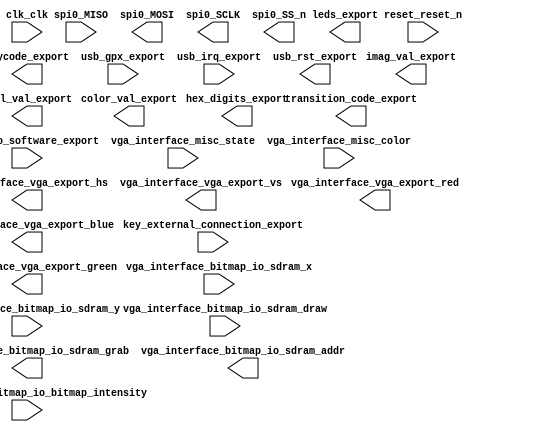

module jsv (
	clk_clk,
	color_val_export,
	hex_digits_export,
	imag_val_export,
	key_external_connection_export,
	keycode_export,
	leds_export,
	real_val_export,
	reset_reset_n,
	spi0_MISO,
	spi0_MOSI,
	spi0_SCLK,
	spi0_SS_n,
	state_to_software_export,
	transition_code_export,
	usb_gpx_export,
	usb_irq_export,
	usb_rst_export,
	vga_interface_bitmap_io_sdram_draw,
	vga_interface_bitmap_io_bitmap_intensity,
	vga_interface_bitmap_io_sdram_grab,
	vga_interface_bitmap_io_sdram_addr,
	vga_interface_bitmap_io_sdram_x,
	vga_interface_bitmap_io_sdram_y,
	vga_interface_misc_state,
	vga_interface_misc_color,
	vga_interface_vga_export_hs,
	vga_interface_vga_export_vs,
	vga_interface_vga_export_red,
	vga_interface_vga_export_green,
	vga_interface_vga_export_blue);	

	input		clk_clk;
	output	[2:0]	color_val_export;
	output	[15:0]	hex_digits_export;
	output	[31:0]	imag_val_export;
	input	[1:0]	key_external_connection_export;
	output	[7:0]	keycode_export;
	output	[13:0]	leds_export;
	output	[31:0]	real_val_export;
	input		reset_reset_n;
	input		spi0_MISO;
	output		spi0_MOSI;
	output		spi0_SCLK;
	output		spi0_SS_n;
	input	[2:0]	state_to_software_export;
	output	[1:0]	transition_code_export;
	input		usb_gpx_export;
	input		usb_irq_export;
	output		usb_rst_export;
	input		vga_interface_bitmap_io_sdram_draw;
	input	[7:0]	vga_interface_bitmap_io_bitmap_intensity;
	output		vga_interface_bitmap_io_sdram_grab;
	output	[22:0]	vga_interface_bitmap_io_sdram_addr;
	input	[9:0]	vga_interface_bitmap_io_sdram_x;
	input	[9:0]	vga_interface_bitmap_io_sdram_y;
	input	[1:0]	vga_interface_misc_state;
	input	[2:0]	vga_interface_misc_color;
	output		vga_interface_vga_export_hs;
	output		vga_interface_vga_export_vs;
	output	[3:0]	vga_interface_vga_export_red;
	output	[3:0]	vga_interface_vga_export_green;
	output	[3:0]	vga_interface_vga_export_blue;
endmodule